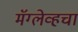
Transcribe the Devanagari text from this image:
मॅग्लेव्हचा